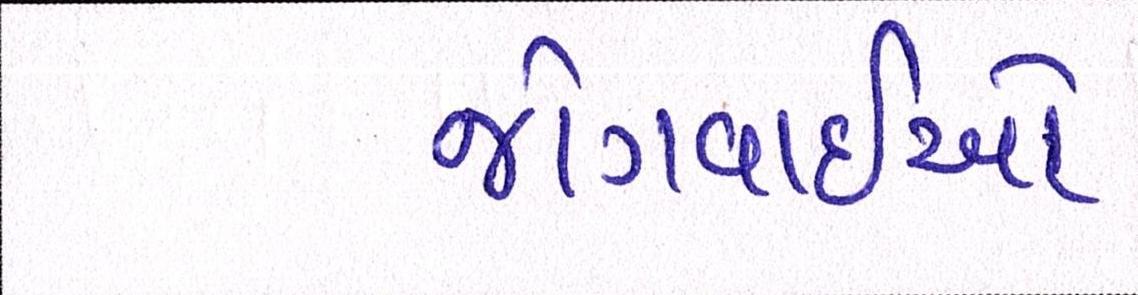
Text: જોગવાઇઓ